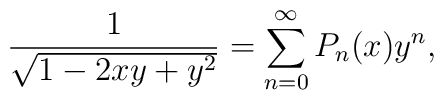
{1 \over \sqrt {1-2xy+y^2}}=\sum _{n=0}^{\infty}P_n(x)y^n,